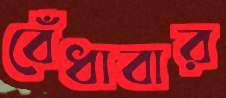
বেঁধাবার